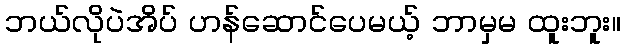
ဘယ်လိုပဲအိပ် ဟန်ဆောင်ပေမယ့် ဘာမှမ ထူးဘူး။